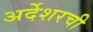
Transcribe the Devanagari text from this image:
अर्देशरची